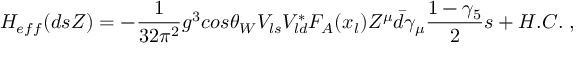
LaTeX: H _ { e f f } ( d s Z ) = - { \frac { 1 } { 3 2 \pi ^ { 2 } } } g ^ { 3 } c o s \theta _ { W } V _ { l s } V _ { l d } ^ { * } F _ { A } ( x _ { l } ) Z ^ { \mu } \bar { d } \gamma _ { \mu } { \frac { 1 - \gamma _ { 5 } } { 2 } } s + H . C . \; ,